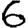
Digit: 6